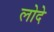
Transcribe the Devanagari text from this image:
लोदे